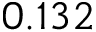
0 . 1 3 2